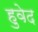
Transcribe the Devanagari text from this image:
हुवेद